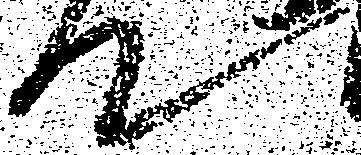
て